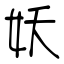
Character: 妖